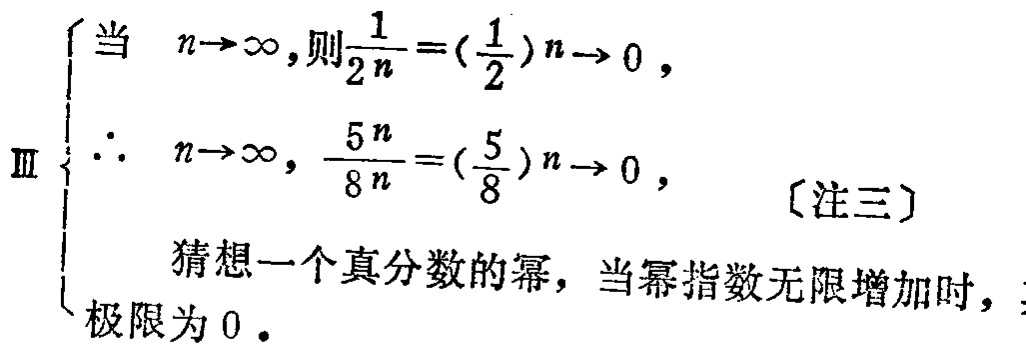
\[
\begin{cases}
\text{当 }n \to \infty, \text{则}\frac{1}{2n}=(\frac{1}{2})n \to 0, \\
\therefore n \to \infty, \frac{5n}{8n}=(\frac{5}{8})n \to 0, & \text{〔注三〕}\\
\text{猜想一个真分数的幂，当幂指数无限增加时，}\\
\text{极限为 }0.
\end{cases}
\]